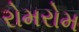
રોમરોમ